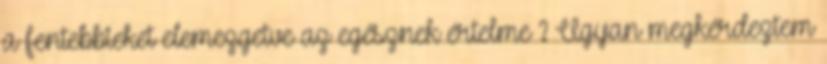
a fentebbieket elemezgetve az egésznek értelme ? Ugyan megkérdeztem